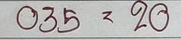
035 = 20